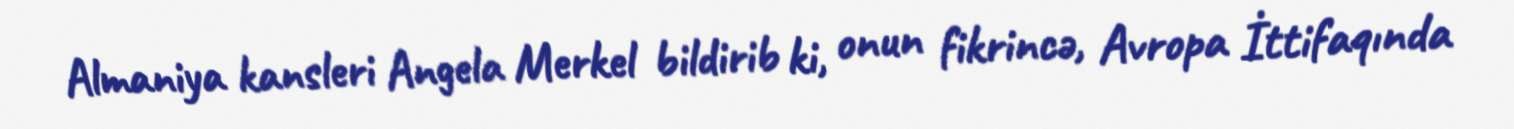
Almaniya kansleri Angela Merkel bildirib ki, onun fikrincə, Avropa İttifaqında